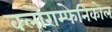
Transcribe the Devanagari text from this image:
क्लोराम्फेनिकोल